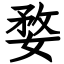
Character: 婺